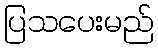
ပြသပေးမည်